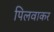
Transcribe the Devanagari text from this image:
पिलवाकर